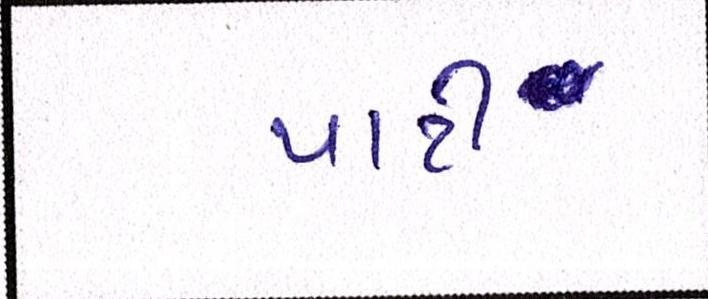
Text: પાટી